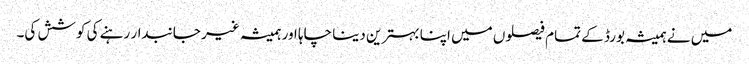
میں نے ہمیشہ بورڈ کے تمام فیصلوں میں اپنا بہترین دینا چاہا اور ہمیشہ غیر جانبدار رہنے کی کوشش کی۔